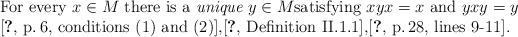
LaTeX: \begin{align*}\begin{minipage}[c]{35pc}For every $x\in M$ there is a {\em unique} $y\in M$satisfying $xyx=x$ and $yxy=y$\\\cite[p.\,6, conditions~(1) and~(2)]{MVL},\cite[Definition~II.1.1]{MP},\cite[p.\,28, lines~9-11]{C+P1}.\end{minipage}\end{align*}